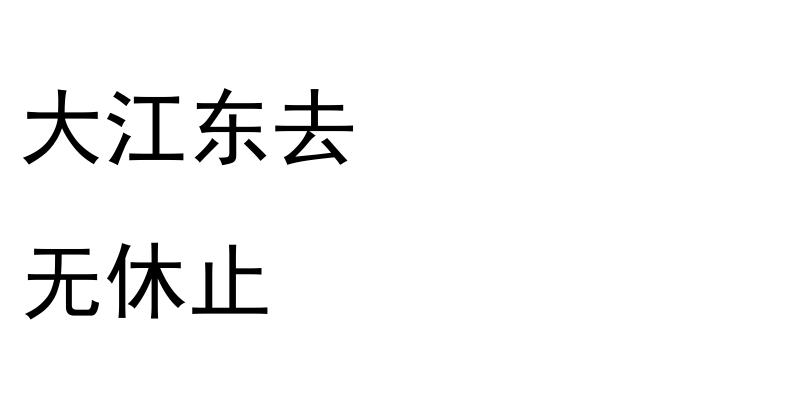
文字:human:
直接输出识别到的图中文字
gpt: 大江东去 无休止